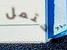
تحتمل